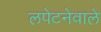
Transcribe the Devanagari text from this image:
लपेटनेवाले